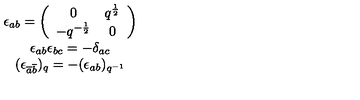
\begin{array} { c } { \epsilon _ { a b } = \left( \begin{array} { c c } { 0 } & { q ^ { \frac { 1 } { 2 } } } \\ { - q ^ { - \frac { 1 } { 2 } } } & { 0 } \\ \end{array} \right) } \\ { \epsilon _ { a b } \epsilon _ { b c } = - \delta _ { a c } } \\ { ( \epsilon _ { \overline { { a } } \overline { { b } } } ) _ { q } = - ( \epsilon _ { a b } ) _ { q ^ { - 1 } } } \\ \end{array}